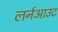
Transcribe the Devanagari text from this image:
लर्नआउट